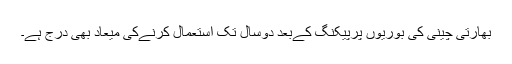
بھارتی چینی کی بوریوں پرپیکنگ کےبعد دوسال تک استعمال کرنےکی میعاد بھی درج ہے۔